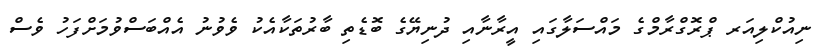
ނިއުކްލިއަރ ޕްރޮގްރާމްގެ މައްސަލާގައި އީރާނާއި ދުނިޔޭގެ ބޮޑެތި ބާރުތަކާއެކު ވެވުނު އެއްބަސްވުމަށްފަހު ވެސް